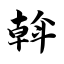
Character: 斡